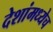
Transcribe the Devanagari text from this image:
देशांमध्येच